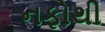
નફોથી